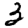
Digit: 3